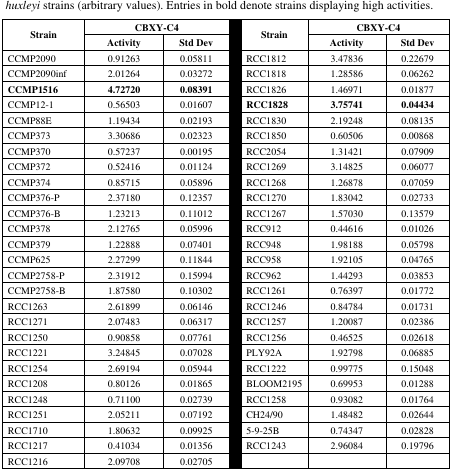
<table><thead><tr><td rowspan="2"><b>Strain</b></td><td colspan="2"><b>CBXY-C4</b></td><td rowspan="2"><b>Strain</b></td><td colspan="2"><b>CBXY-C4</b></td></tr><tr><td><b>Activity</b></td><td><b>Std Dev</b></td><td><b>Activity</b></td><td><b>Std Dev</b></td></tr></thead><tbody><tr><td>CCMP2090</td><td>0.91263</td><td>0.05811</td><td>RCC1812</td><td>3.47836</td><td>0.22679</td></tr><tr><td>CCMP2090inf</td><td>2.01264</td><td>0.03272</td><td>RCC1818</td><td>1.28586</td><td>0.06262</td></tr><tr><td><b>CCMP1516</b></td><td><b>4.72720</b></td><td><b>0.08391</b></td><td>RCC1826</td><td>1.46971</td><td>0.01877</td></tr><tr><td>CCMP12-1</td><td>0.56503</td><td>0.01607</td><td><b>RCC1828</b></td><td><b>3.75741</b></td><td><b>0.04434</b></td></tr><tr><td>CCMP88E</td><td>1.19434</td><td>0.02193</td><td>RCC1830</td><td>2.19248</td><td>0.08135</td></tr><tr><td>CCMP373</td><td>3.30686</td><td>0.02323</td><td>RCC1850</td><td>0.60506</td><td>0.00868</td></tr><tr><td>CCMP370</td><td>0.57237</td><td>0.00195</td><td>RCC2054</td><td>1.31421</td><td>0.07909</td></tr><tr><td>CCMP372</td><td>0.52416</td><td>0.01124</td><td>RCC1269</td><td>3.14825</td><td>0.06077</td></tr><tr><td>CCMP374</td><td>0.85715</td><td>0.05896</td><td>RCC1268</td><td>1.26878</td><td>0.07059</td></tr><tr><td>CCMP376-P</td><td>2.37180</td><td>0.12357</td><td>RCC1270</td><td>1.83042</td><td>0.02733</td></tr><tr><td>CCMP376-B</td><td>1.23213</td><td>0.11012</td><td>RCC1267</td><td>1.57030</td><td>0.13579</td></tr><tr><td>CCMP378</td><td>2.12765</td><td>0.05996</td><td>RCC912</td><td>0.44616</td><td>0.01026</td></tr><tr><td>CCMP379</td><td>1.22888</td><td>0.07401</td><td>RCC948</td><td>1.98188</td><td>0.05798</td></tr><tr><td>CCMP625</td><td>2.27299</td><td>0.11844</td><td>RCC958</td><td>1.92105</td><td>0.04765</td></tr><tr><td>CCMP2758-P</td><td>2.31912</td><td>0.15994</td><td>RCC962</td><td>1.44293</td><td>0.03853</td></tr><tr><td>CCMP2758-B</td><td>1.87580</td><td>0.10302</td><td>RCC1261</td><td>0.76397</td><td>0.01772</td></tr><tr><td>RCC1263</td><td>2.61899</td><td>0.06146</td><td>RCC1246</td><td>0.84784</td><td>0.01731</td></tr><tr><td>RCC1271</td><td>2.07483</td><td>0.06317</td><td>RCC1257</td><td>1.20087</td><td>0.02386</td></tr><tr><td>RCC1250</td><td>0.90858</td><td>0.07761</td><td>RCC1256</td><td>0.46525</td><td>0.02618</td></tr><tr><td>RCC1221</td><td>3.24845</td><td>0.07028</td><td>PLY92A</td><td>1.92798</td><td>0.06885</td></tr><tr><td>RCC1254</td><td>2.69194</td><td>0.05944</td><td>RCC1222</td><td>0.99775</td><td>0.15048</td></tr><tr><td>RCC1208</td><td>0.80126</td><td>0.01865</td><td>BLOOM2195</td><td>0.69953</td><td>0.01288</td></tr><tr><td>RCC1248</td><td>0.71100</td><td>0.02739</td><td>RCC1258</td><td>0.93082</td><td>0.01764</td></tr><tr><td>RCC1251</td><td>2.05211</td><td>0.07192</td><td>CH24/90</td><td>1.48482</td><td>0.02644</td></tr><tr><td>RCC1710</td><td>1.80632</td><td>0.09925</td><td>5-9-25B</td><td>0.74347</td><td>0.02828</td></tr><tr><td>RCC1217</td><td>0.41034</td><td>0.01356</td><td>RCC1243</td><td>2.96084</td><td>0.19796</td></tr><tr><td>RCC1216</td><td>2.09708</td><td>0.02705</td><td></td><td></td><td></td></tr></tbody></table>